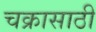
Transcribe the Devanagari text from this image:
चक्रासाठी